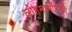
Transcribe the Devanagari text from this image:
लोहमार्गांपैकी